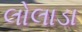
લોલાડા